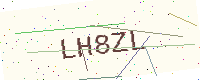
Text: LH8ZL